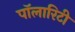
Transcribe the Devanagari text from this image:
पॉलारिटी